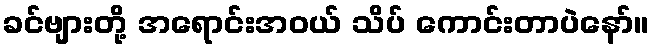
ခင်ဗျားတို့ အရောင်းအဝယ် သိပ် ကောင်းတာပဲနော်။